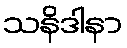
သနိဒါနာ